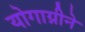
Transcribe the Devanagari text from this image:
योगाग्नीने